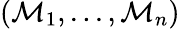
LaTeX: (\mathcal{M}_{1},...,\mathcal{M}_{n})